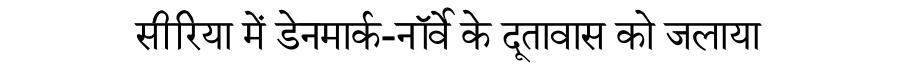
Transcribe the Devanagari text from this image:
सीरिया में डेनमार्क-नॉर्वे के दूतावास को जलाया